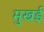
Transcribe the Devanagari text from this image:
मुखई